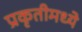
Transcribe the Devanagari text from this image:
प्रकृतीमध्येे